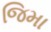
જિમા